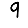
Digit: 9